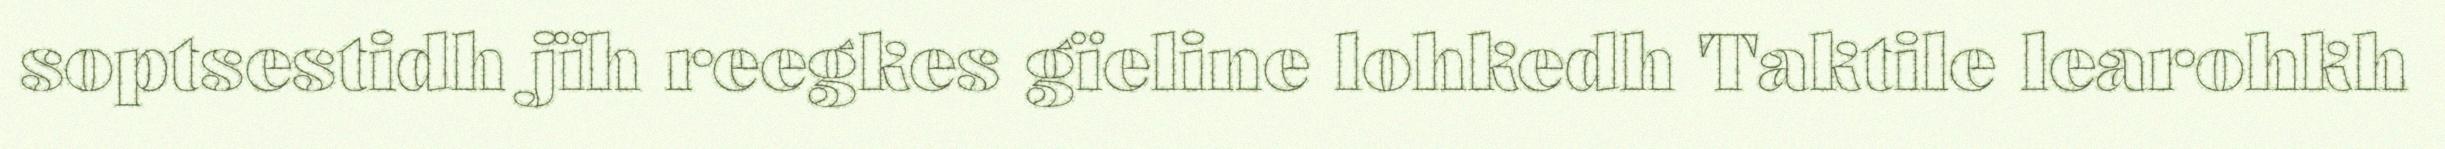
soptsestidh jïh reegkes gïeline lohkedh Taktile learohkh